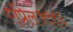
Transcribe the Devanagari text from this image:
एप्रिल१९९६